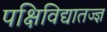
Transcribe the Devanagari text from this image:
पक्षिविद्यातज्‍ज्ञ